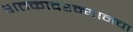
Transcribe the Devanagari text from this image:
शतकादरम्यानचा